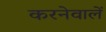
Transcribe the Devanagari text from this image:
करनेवालें